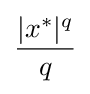
{\frac {|x^{*}|^{q}}{q}}